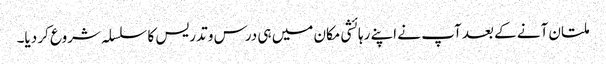
ملتان آنے کے بعد آپ نے اپنے رہائشی مکان میں ہی درس و تدریس کا سلسلہ شروع کر دیا۔